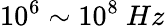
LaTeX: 10^{6}\sim 10^{8}~Hz